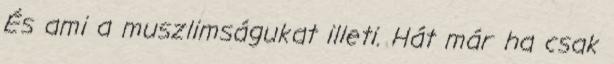
És ami a muszlimságukat illeti. Hát már ha csak